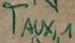
Text: TAUX,1